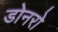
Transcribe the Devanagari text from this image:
डोनरो